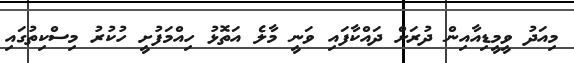
މިއަދު ވީމީޑިއާއިން ދުރަށް ދައްކާފައި ވަނީ މާލެ އަތޮޅު ހިއްމަފުށީ ހުކުރު މިސްކިތުގައި